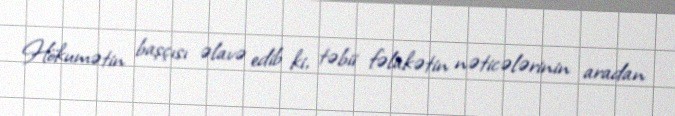
Hökumətin başçısı əlavə edib ki, təbii fəlakətin nəticələrinin aradan